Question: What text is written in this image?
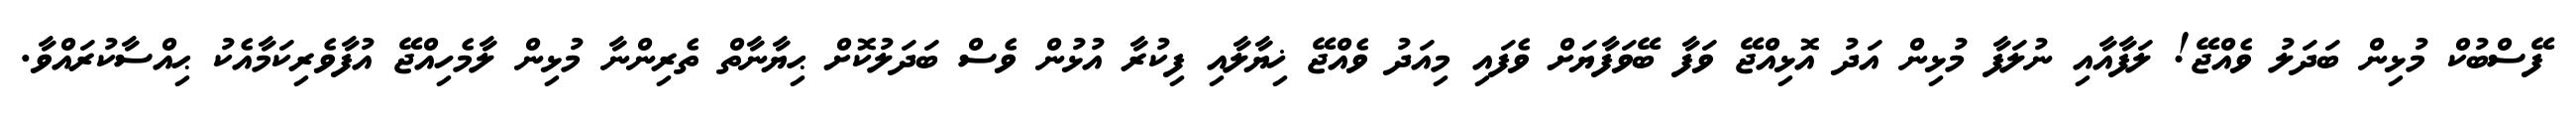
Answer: ފޭސްބުކް މުޅިން ބަދަލު ވެއްޖޭ! ލަފާއާއި ނުލަފާ މުޅިން އަދު އޮޅިއްޖޭ ވަފާ ބޭވަފާޔަށް ވެފައި މިއަދު ވެއްޖޭ ޚިޔާލާއި ފިކުރާ އުޅުން ވެސް ބަދަލުކޮށް ޙިޔާނާތް ތެރިންނާ މުޅިން ލާމެހިއްޖޭ އުފާވެރިކަމާއެކު ޙިއްސާކުރައްވާ.